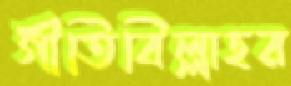
গীতিবিল্লাহর